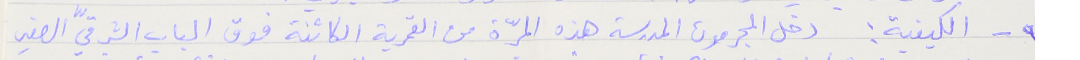
٩ - الكيفية : دخل المجرمون المدرسة هذه المرّة من القمرية الكائنة فوق الباب الشرقيّ الصغير